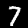
Digit: 7